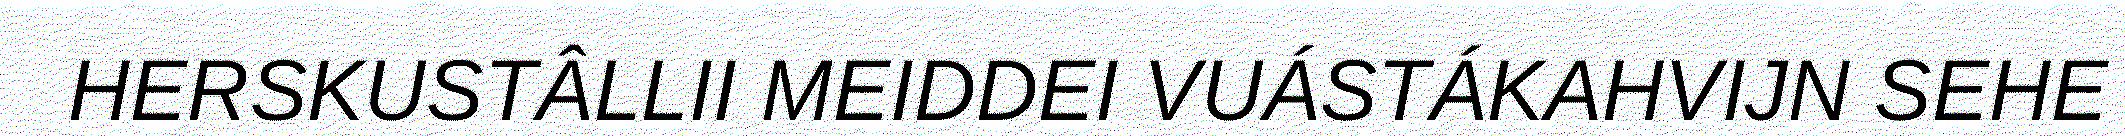
HERSKUSTÂLLII MEIDDEI VUÁSTÁKAHVIJN SEHE